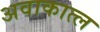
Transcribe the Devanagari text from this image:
अवाकात्ल